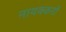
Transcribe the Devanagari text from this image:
नायक्करों